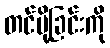
တင်ပို့ခြင်းကို